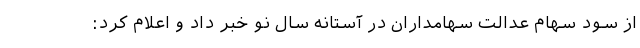
از سود سهام عدالت سهامداران در آستانه سال نو خبر داد و اعلام کرد: